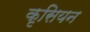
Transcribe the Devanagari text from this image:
कृसियन